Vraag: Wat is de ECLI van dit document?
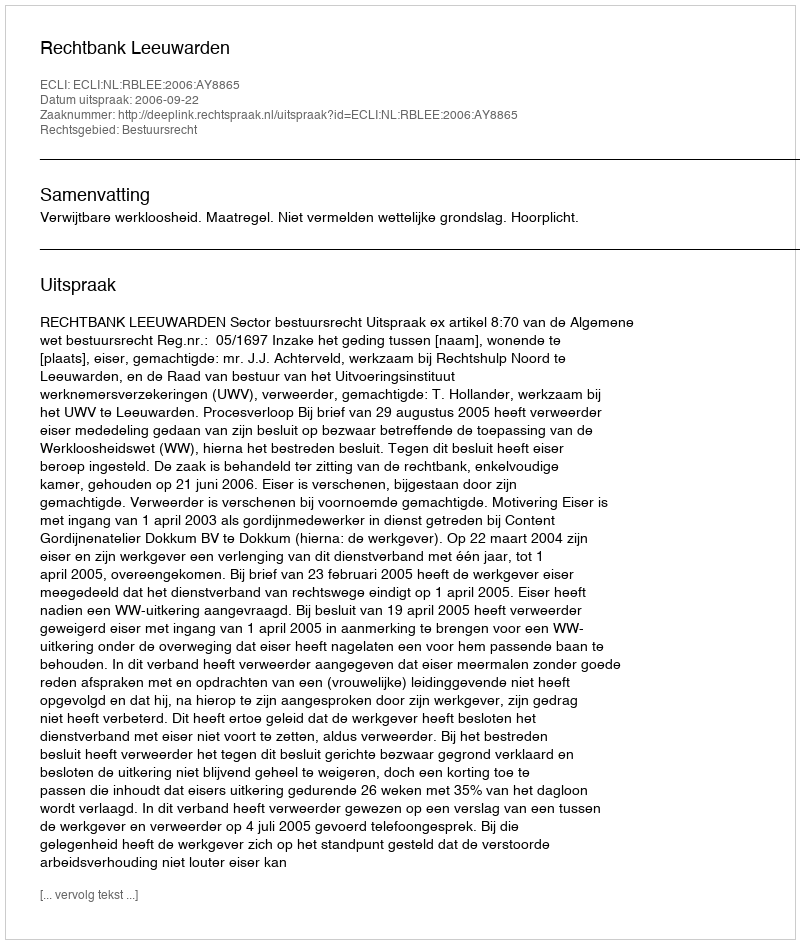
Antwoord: ECLI:NL:RBLEE:2006:AY8865